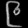
Digit: ၉